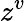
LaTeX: z^{v}